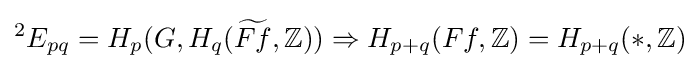
{}^{2}E_{pq}=H_{p}(G,H_{q}({\widetilde {Ff}},\mathbb {Z} ))\Rightarrow H_{p+q}(Ff,\mathbb {Z} )=H_{p+q}(*,\mathbb {Z} )